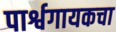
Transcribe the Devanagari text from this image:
पार्श्वगायकचा